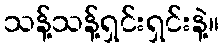
သန့်သန့်ရှင်းရှင်းနဲ့။